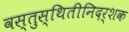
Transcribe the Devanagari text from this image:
वस्तुस्थितीनिदर्शक